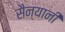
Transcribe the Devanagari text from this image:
सैन्यानी